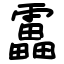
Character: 靁